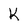
Character: K